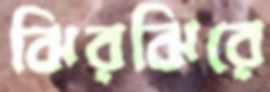
ঝিরঝিরে